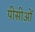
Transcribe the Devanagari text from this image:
पीसीओं